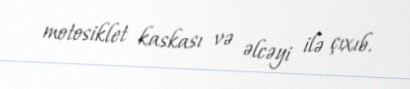
motosiklet kaskası və əlcəyi ilə çıxıb.